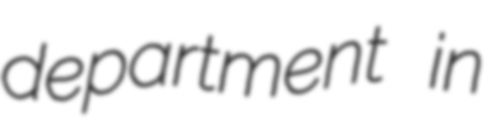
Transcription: department in